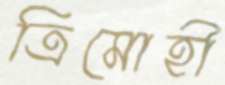
ত্রিমোহী